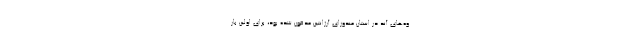
وه‌های آند در استان مندوزای آرژانتین مدفون شده بود، برای اولین بار